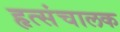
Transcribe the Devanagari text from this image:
हृत्संचालक